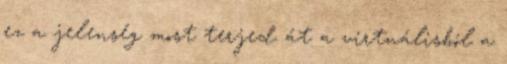
ez a jelenség most terjed át a virtuálisból a